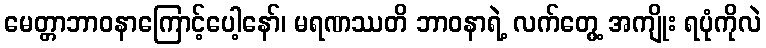
မေတ္တာဘာဝနာကြောင့်ပေါ့နော်၊ မရဏဿတိ ဘာဝနာရဲ့ လက်တွေ့ အကျိုး ရပုံကိုလဲ